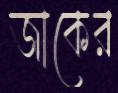
জাকের